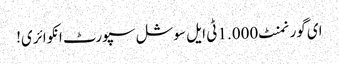
ای گورنمنٹ 1.000 ٹی ایل سوشل سپورٹ انکوائری!